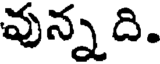
వున్నది.